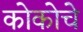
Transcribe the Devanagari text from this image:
कोकोचे